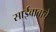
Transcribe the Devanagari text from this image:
साईबाबाचे